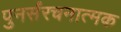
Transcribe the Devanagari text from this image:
पुनर्संरचनात्मक